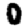
Digit: 0